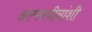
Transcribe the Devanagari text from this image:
अल्पवयीनांशी